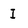
Character: I